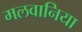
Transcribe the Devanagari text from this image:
मलवानिया